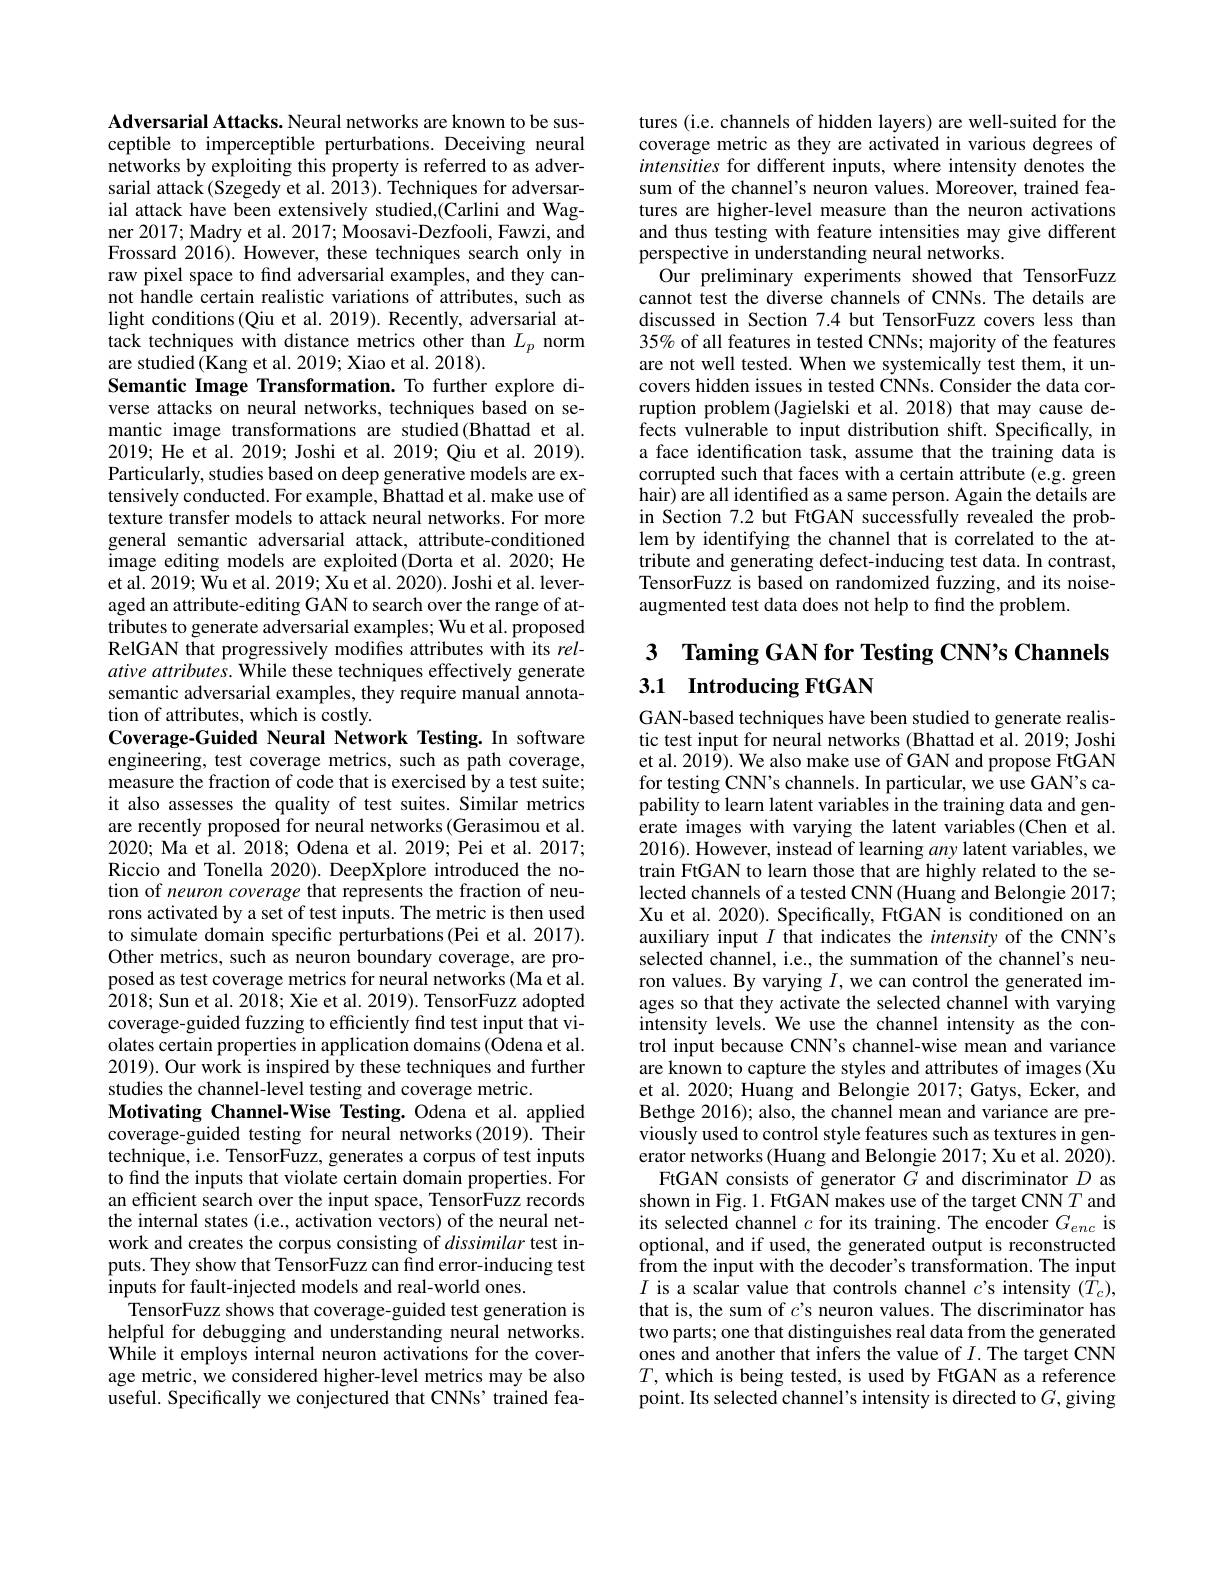
Adversarial Attacks. Neural networks are known to be susceptible to imperceptible perturbations. Deceiving neural $\hat{\text{networks by exploiting this property is referred to as adver-}}$ sarial attack(Szegedy et al. 2013). Techniques for adversarial attack have been extensively studied,(Carlini and Wagner 2017; Madry et al. 2017; Moosavi-Dezfooli, Fawzi, and Frossard 2016). However, these techniques search only in raw pixel space to find adversarial examples, and they cannot handle certain realistic variations of attributes, such as light conditions(Qiu et al. 2019). Recently, adversarial at- $\begin{array}{l}\text{tack techniques with distance metrics other than }L_{p}&\mathrm{norm}\\\text{are studied(Kang et al.2019; Xiao et al.2018).}\end{array}$ Semantic Image Transformation. To further explore diverse attacks on neural networks, techniques based on semantic image transformations are studied(Bhattad et al. 2019; He et al. 2019; Joshi et al. 2019; Qiu et al. 2019). Particularly, studies based on deep generative models are extensively conducted. For example, Bhattad et al. make use of texture transfer models to attack neural networks. For more general semantic adversarial attack, attribute-conditioned image editing models are exploited (Dorta et al. 2020; He et al. 2019; Wu et al. 2019; Xu et al. 2020). Joshi et al. leveraged an attribute-editing GAN to search over the range of attributes to generate adversarial examples; Wu et al. proposed RelGAN that progressively modifies attributes with its relative attributes. While these techniques effectively generate semantic adversarial examples, they require manual annotation of attributes, which is costly.
Coverage-Guided Neural Network Testing.In software engineering, test coverage metrics, such as path coverage, measure the fraction of code that is exercised by a test suite; it also assesses the quality of test suites. Similar metrics are recently proposed for neural networks(Gerasimou et al. 2020; Ma et al. 2018; Odena et al. 2019; Pei et al. 2017; Riccio and Tonella 2020). DeepXplore introduced the notion of neuron coverage that represents the fraction of neurons activated by a set of test inputs. The metric is then used to simulate domain specific perturbations (Pei et al. 2017). Other metrics, such as neuron boundary coverage, are proposed as test coverage metrics for neural networks (Ma et al. $\hat{2}018;$ Sun et al. 2018; Xie et al. 2019). TensorFuzz adopted coverage-guided fuzzing to efficiently find test input that violates certain properties in application domains (Odena et al. 2019). Our work is inspired by these techniques and further studies the channel-level testing and coverage metric.
Motivating Channel-Wise Testing. Odena et al. applied coverage-guided testing for neural networks(2019). Their technique, i.e. TensorFuzz, generates a corpus of test inputs to find the inputs that violate certain domain properties. For an efficient search over the input space, TensorFuzz records the internal states (i.e., activation vectors) of the neural network and creates the corpus consisting of dissimilar test inputs. They show that TensorFuzz can find error-inducing test inputs for fault-injected models and real-world ones.
TensorFuzz shows that coverage-guided test generation is helpful for debugging and understanding neural networks. While it employs internal neuron activations for the coverage metric, we considered higher-level metrics may be also useful. Specifically we conjectured that CNNs' trained fea-

tures (i.e. channels of hidden layers) are well-suited for the coverage metric as they are activated in various degrees of intensities for different inputs, where intensity denotes the sum of the channel's neuron values. Moreover, trained features are higher-level measure than the neuron activations and thus testing with feature intensities may give different perspective in understanding neural networks.
Our preliminary experiments showed that TensorFuzz cannot test the diverse channels of CNNs. The details are discussed in Section 7.4 but TensorFuzz covers less than 35% of all features in tested CNNs; majority of the features are not well tested. When we systemically test them, it uncovers hidden issues in tested CNNs. Consider the data corruption problem (Jagielski et al. 2018) that may cause defects vulnerable to input distribution shift. Specifically, in a face identification task, assume that the training data is corrupted such that faces with a certain attribute (e.g. green hair) are all identified as a same person. Again the details are in Section 7.2 but FtGAN successfully revealed the problem by identifying the channel that is correlated to the attribute and generating defect-inducing test data. In contrast, TensorFuzz is based on randomized fuzzing, and its noiseaugmented test data does not help to find the problem.

## 3 Taming GAN for Testing CNN's Channels 3.1 Introducing FtGAN

GAN-based techniques have been studied to generate realistic test input for neural networks (Bhattad et al. 2019; Joshi et al. 2019). We also make use of GAN and propose FtGAN for testing CNN's channels. In particular, we use GAN's capability to learn latent variables in the training data and generate images with varying the latent variables(Chen et al. 2016). However, instead of learning any latent variables, we train FtGAN to learn those that are highly related to the selected channels of a tested CNN (Huang and Belongie 2017; Xu et al. 2020). Specifically, FtGAN is conditioned on an auxiliary input $I$ that indicates the intensity of the CNN's selected channel, i.e., the summation of the channel's neuron values. By varying $I$, we can control the generated images so that they activate the selected channel with varying intensity levels. We use the channel intensity as the control input because CNN's channel-wise mean and variance are known to capture the styles and attributes of images (Xu et al. 2020; Huang and Belongie 2017; Gatys, Ecker, and Bethge 2016); also, the channel mean and variance are previously used to control style features such as textures in generator networks (Huang and Belongie 2017; Xu et al. 2020).
FtGAN consists of generator $G$ and discriminator $D$ as shown in Fig. 1. FtGAN makes use of the target CNN $T$ and its selected channel $c$ for its training. The encoder $G_enc$ is optional, and if used, the generated output is reconstructed from the input with the decoder's transformation. The input $I$ is a scalar value that controls channel $c$'s intensity $(T_c)$, that is, the sum of $c$'s neuron values. The discriminator has two parts; one that distinguishes real data from the generated ones and another that infers the value of $I.$ The target CNN $T$, which is being tested, is used by FtGAN as a reference point. Its selected channel's intensity is directed to $G$,giving